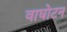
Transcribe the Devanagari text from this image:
वाघोटन